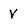
Character: V